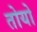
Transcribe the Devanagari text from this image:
तोयो